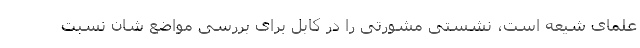
علمای شیعه است، نشستی مشورتی را در کابل برای بررسی مواضع شان نسبت